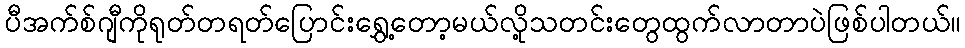
ပီအက်စ်ဂျီကိုရုတ်တရတ်ပြောင်းရွှေ့တော့မယ်လို့သတင်းတွေထွက်လာတာပဲဖြစ်ပါတယ်။